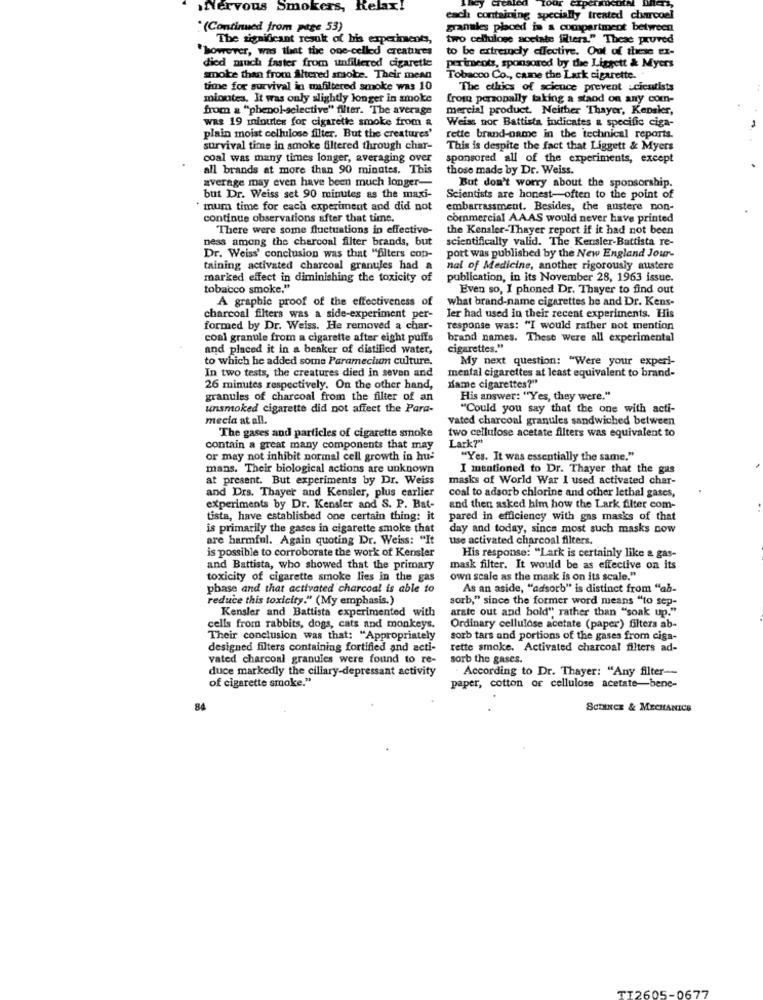
Nervous Smokers, Relax!
each containing specially treated charcoel
" (Continued from page 53)
granules placed in a compartment between
The significant result of his experiments,
two cellulose acetate filtera." Theac pruved
"however, was that the one-celled creatures
to be extremely effective. Out of these Ex-
died much faster from unfiltered cigarette
periments, sponsored by the Liggett & Myers
smoke than from Altered smoke. Their mean
Tobacco Co ., came the Lark cigarette.
time for survival in mafiltered smoke was 10
The ethics of science prevent scientists
minutes, It was only slightly longer in smoke
from personally taking a stand on any com-
from a "phenol-selective" filter. The average
mercial product. Neither Thayer, Kepsler,
was 19 minutes for cigarette smoke from &
Weiss nor Battista indicates a specific ciga-
plain moist cellulose filter. But the creatures'
rette brand-name in the technical reports.
survival time in smoke filtered through char-
This is despite the fact that Liggett & Myers
coal was many times longer, averaging over
sponsored all of the experiments, except
all brands at more than 90 minutes. This
those made by Dr. Weiss.
average may even have been much longer-
But don't worry about the sponsorship.
but Dr. Weiss set 90 minutes as the maxi-
Scientists are honest-often to the point of
" mum time for each experiment and did not
embarrassment. Besides, the austere non-
continue observations after that time.
commercial AAAS would never have printed
There were some fluctuations in effective-
the Kensler-Thayer report if it had not been
ness among the charcoal filter brands, but
scientifically valid. The Kensler-Battista re-
Dr. Weiss' conclusion was that "filters cop-
port was published by the New England Jour-
taining activated charcoal granules had a
nal of Medicine, another rigorously austere
marked effect in diminishing the toxicity of
publication, in its November 28, 1963 issue.
tobacco smoke."
Even so, I phoned Dr. Thayer to find out
A graphic proof of the effectiveness of
what brand-name cigarettes he and Dr. Kens-
charcoal filters was a side-experiment per-
ler had used in their recent experiments. His
formed by Dr. Weiss. He removed a char-
response was: "I would rather not mention
coal granule from a cigarette after eight puffs
brand names. These Were all experimental
and placed it in a beaker of distilled water,
cigarettes."
to which he added some Paramecium culture.
My next question: "Were your experi-
In two tests, the creatures died in seven and
mental cigarettes at least equivalent to brand-
name cigarettes?"
26 minutes respectively. On the other hand,
granules of charcoal from the filter of an
His answer: "Yes, they were."
unsmoked cigarette did not affect the Para-
"Could you say that the one with acti-
mecia at all.
vated charcoal granules sandwiched between
two cellulose acetate filters was equivalent to
The gases and particles of cigarette smoke
Lark?"
contain a great many components that may
or may not inhibit normal cell growth in hu-
"Yes. It was essentially the same."
mans. Their biological actions are unknown
I mentioned to Dr. Thayer that the gas
at present. But experiments by Dr. Weiss
masks of World War I used activated char-
and Drs. Thayer and Kensler, plus carlier
coal to adsorb chlorine and other lethal gases,
experiments by Dr. Kensler and S. P. Bat-
and then asked him how the Lark filter com-
tista, have established one certain thing: it
pared in efficiency with gas masks of that
is primarily the gases in cigarette smoke that
day and today, since most such masks now
are harmful. Again quoting Dr. Weiss: "It
use activated charcoal filters.
is possible to corroborate the work of Kensler
His response: "Lark is certainly like & gas-
and Battista, who showed that the primary
mask filter. It would be as effective on its
toxicity of cigarette smoke lies in the gas
own scale as the mask is on its scale."
phase and that activated charcoal is able to
As an aside, "adsorb" is distinct from "ab-
reduce this toxicity." (My emphasis.)
sorb," since the former word means "to sep-
Kensler and Battista experimented with
arate out and bold" rather than "soak up."
cells from rabbits, dogs, cats and monkeys.
Ordinary cellulose acetate (paper) filters ab-
Their conclusion was that: "Appropriately
sorb tars and portions of the gases from ciga-
designed filters containing fortified and acti-
rette smoke. Activated charcoal filters ad-
vated charcoal granules were found to re-
sorb the gases.
duce markedly the ciliary-depressant activity
. According to Dr. Thayer: "Any filter-
of cigarette smoke."
paper, cotton or cellulose acetate-bene-
84
SCOINCE & MECHANICS
TI2605-0677